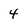
Character: 4